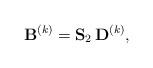
LaTeX: \begin{align*}{\bf B}^{(k)}= {\bf S}_2 \, {\bf D}^{(k)},\end{align*}